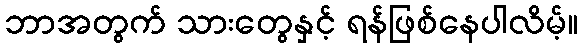
ဘာအတွက် သားတွေနှင့် ရန်ဖြစ်နေပါလိမ့်။